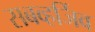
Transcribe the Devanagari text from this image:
सबव्हर्जिव